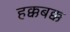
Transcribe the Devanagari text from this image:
हक्कबक्क